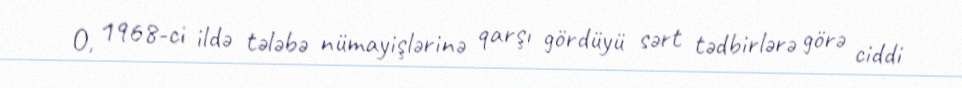
O, 1968-ci ildə tələbə nümayişlərinə qarşı gördüyü sərt tədbirlərə görə ciddi